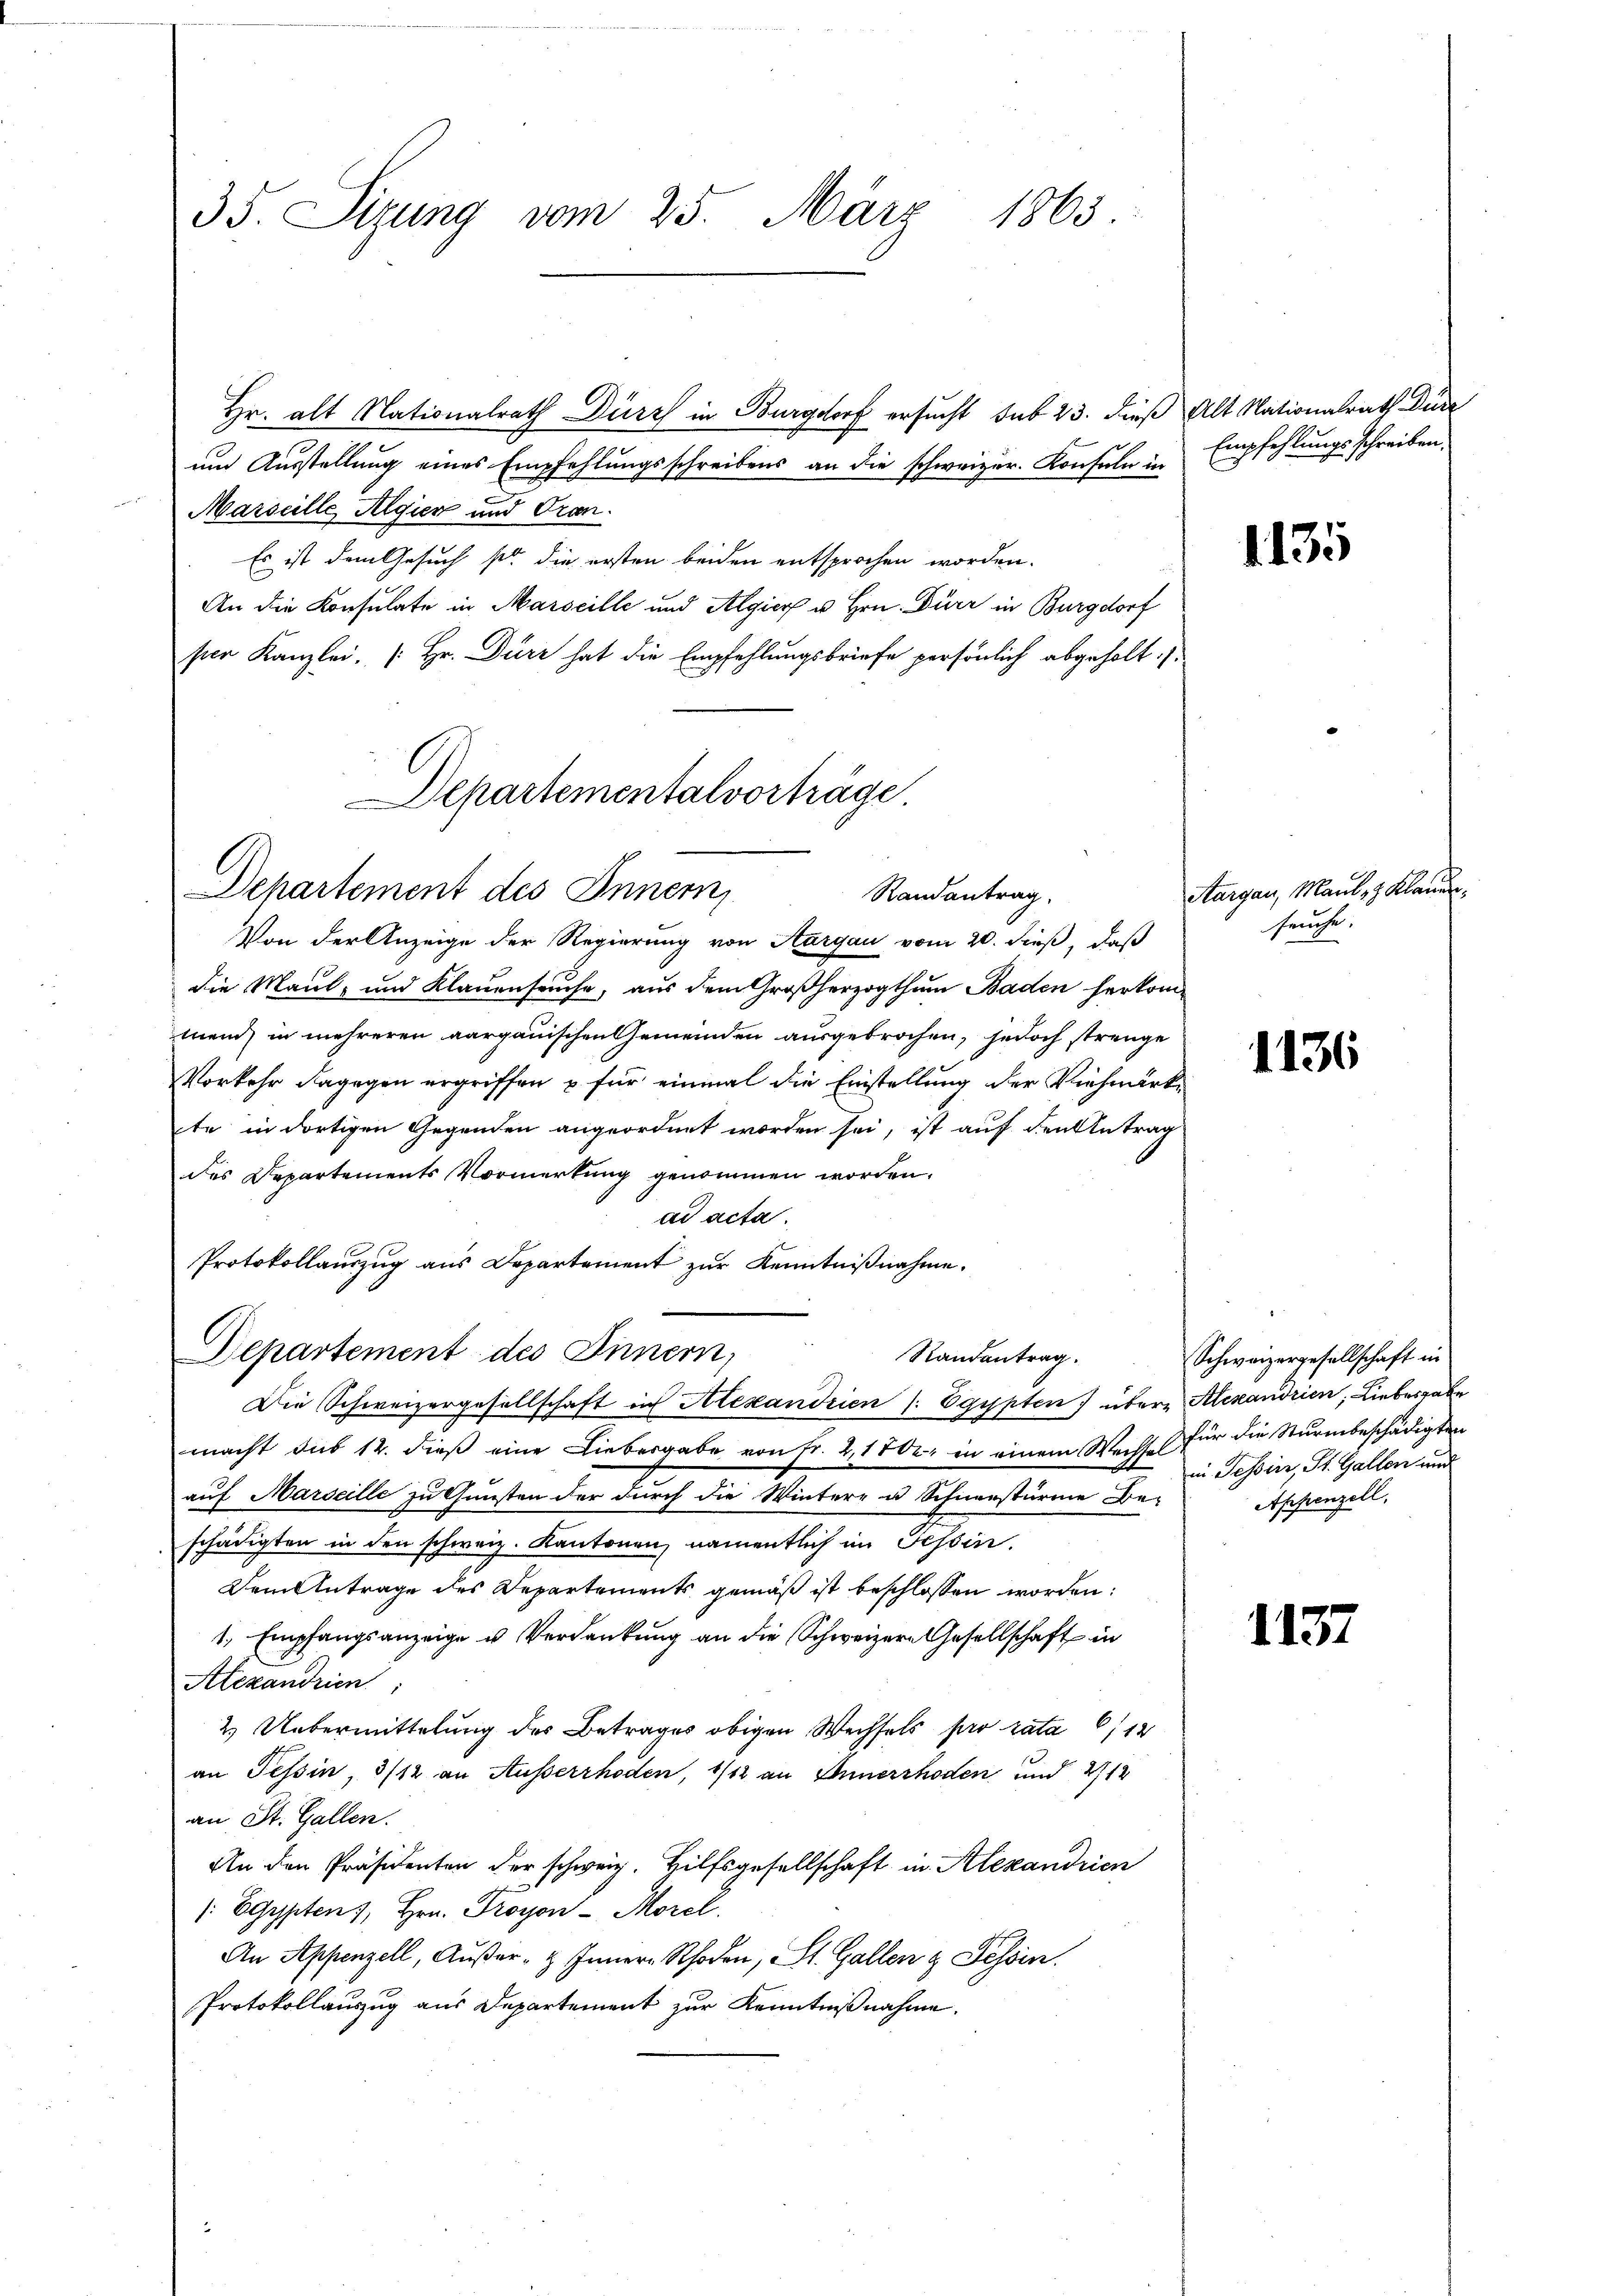
35. Sizung vom 25. März 1863.

Hr. alt Nationalrath Dürr in Burgdorf ersucht sub 23. dieß Alt Nationalrath Düre
und Ausstellung eines Empfehlungsschreibens an die schweizer. Konsuln in Empfehlungsschreiben.
Marseille Algier und Oran
Es ist dem Gesuch so die ersten beiden entsprochen worden.
An die Konsulate in Marseille und Algier u Hrn. Dürr in Burgdorf
pier Kanzlei [Hr. Dürz hat die Empfehlungsbriefe persönlich abgeholt ..

Departementalvorträge.
Departement des Innern,
Randantrag.

Von der Anzeige der Regierung von Aargau vom 20. dieß, daß
die Maul- und Klauenseuche, aus dem Großherzogthum Baden herkommend in mehreren aargauischen Gemeinden ausgebrochen, jedoch strenge
Vorkehr dagegen ergriffen u. für einmal die Einstellung der Viehmärkte in dortigen Gegenden angeordnet worden sei, ist auf den Antrag
des Departements Vormerkung genommen worden.
ad acta.
Protokollauszug aus Departement zŭr Kenntniβnahme.
Departement des Innern,
Randantrag.
Die Schweizergesellschaft in Alexandrien (: Egypten über Alexandrien, Liebesgabe
macht das 12. dieß eine Liebesgabe von Fr. 2,1802. in einem Wechse für die Sturmbeschädigten
auf Marseille zu Gunsten der durch die Wintere u Schnerstürme De-Appenzell,
schädigten in den schweiz. Kantonen, namentlich im Tessin.
Dem Antrage des Departements gemäß ist beschlossen worden:
1. Empfangsanzeige u. Verdankung an die Schweizern Gesellschaft in
Alexandrien,
2 Uebermittelung des Betrages obigen Wechsels pro rata 6/12
an Tessin, 3/12 an Ausserrhoden, 1/12 an Ehnerrhoden und 2712
an St. Gallen.
An den Präsidenten der schweiz. Hilfsgesellschaft in Alexandrien
/: Egypten, Hrn. Proyon-Morel
An Appenzell, Außer- & Innern Rhoden, St. Gallen & Tessin.
Protokollauszug aus Departement zur Kenntnißnahme.

1135

Aargau, Maul- & Klauenseuche.

1136

Schweizergesellschaft in
in Tessin, St. Gallen und

1137